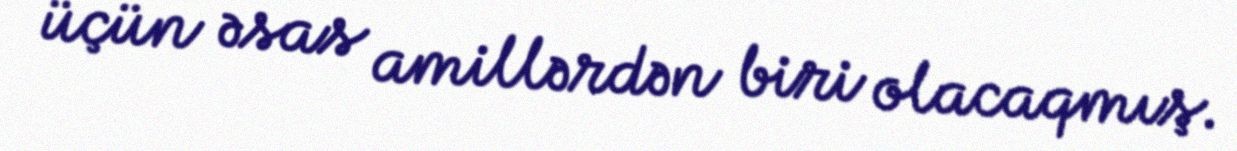
üçün əsas amillərdən biri olacaqmış.